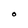
Character: O